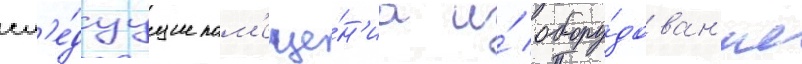
сл'е́дуущие пом'еще́н'иа и́ обору́дован'ие